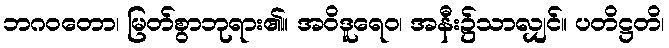
ဘဂဝတော၊ မြတ်စွာဘုရား၏။ အဝိဒူရေဝ၊ အနီး၌သာလျှင်။ ပတိဋ္ဌတိ၊